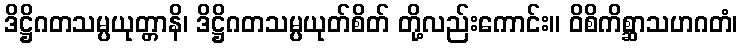
ဒိဋ္ဌိဂတသမ္ပယုတ္တာနိ၊ ဒိဋ္ဌိဂတသမ္ပယုတ်စိတ် တို့လည်းကောင်း။ ဝိစိကိစ္ဆာသဟဂတံ၊